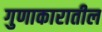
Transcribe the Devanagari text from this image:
गुणाकारातील